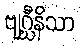
ဗျဂ္ဃီနိသာ